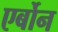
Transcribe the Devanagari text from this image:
एर्बोन